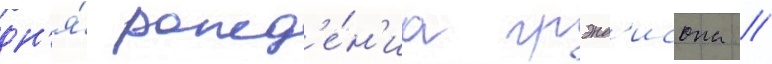
дн'я́ рожд'е́н'иа грэнд'исона /